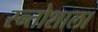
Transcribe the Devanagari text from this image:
स्न्तोशाला